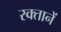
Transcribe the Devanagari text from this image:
रक्तानें